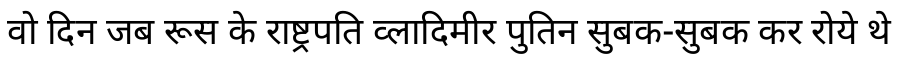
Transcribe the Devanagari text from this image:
वो दिन जब रूस के राष्ट्रपति व्लादिमीर पुतिन सुबक-सुबक कर रोये थे